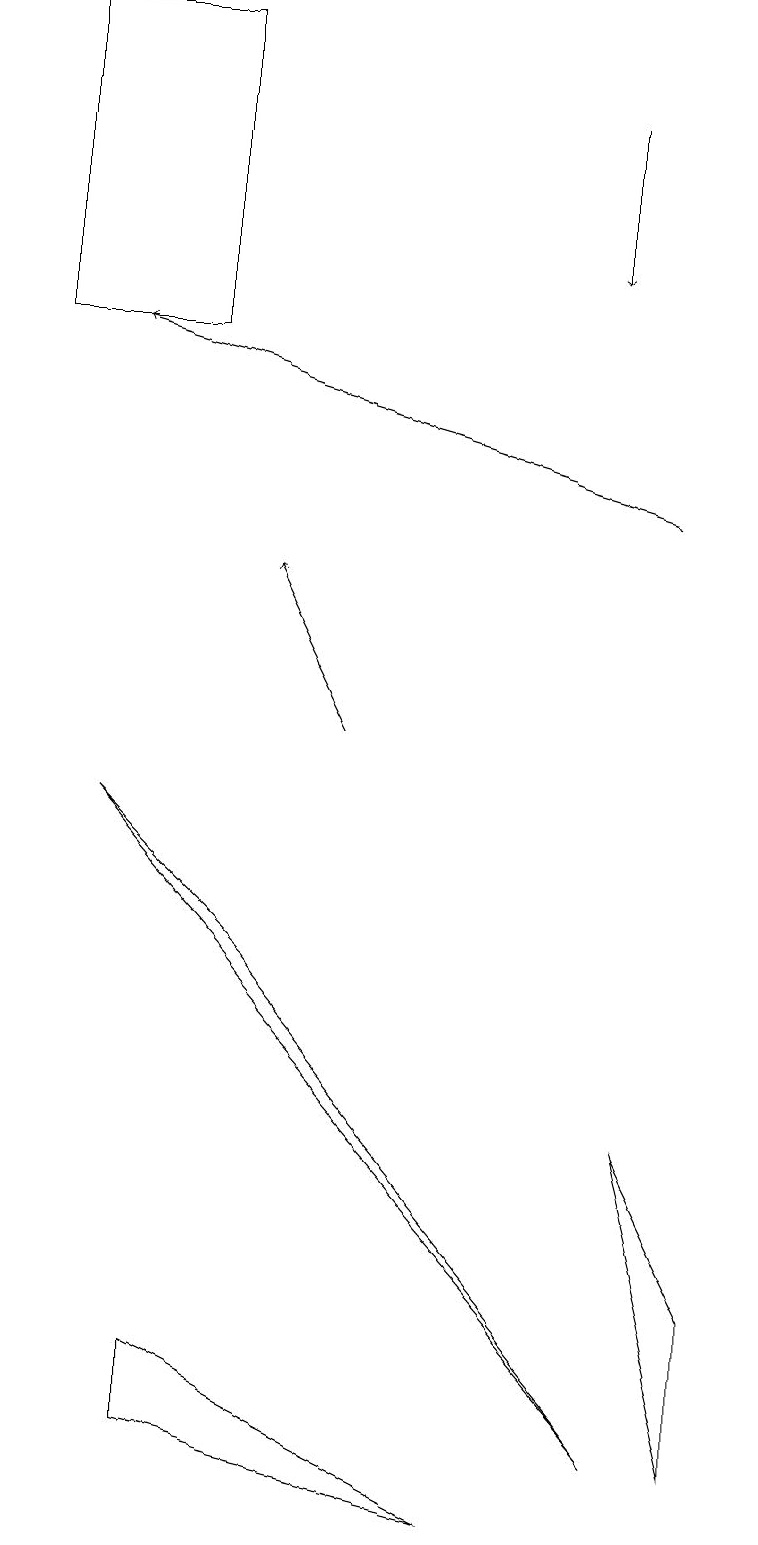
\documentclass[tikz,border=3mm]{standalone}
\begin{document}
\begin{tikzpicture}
\draw[->] (7,18) -- (7,16);
\draw (0,15) rectangle (2,19);
\draw[->] (8,13) -- (1,15);
\draw (2,1) -- (2,2) -- (6,0) -- cycle;
\draw (8,5) -- (9,3) -- (9,1) -- cycle;
\draw[->] (4,10) -- (3,12);
\draw (3,7) -- (8,1) -- (1,9) -- cycle;
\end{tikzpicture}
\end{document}